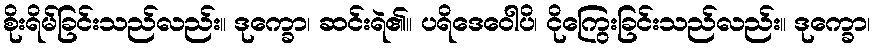
စိုးရိမ်ခြင်းသည်လည်း။ ဒုက္ခော၊ ဆင်းရဲ၏။ ပရိဒေဝေါပိ၊ ငိုကြွေးခြင်းသည်လည်း။ ဒုက္ခော၊